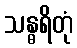
သန္ဓရိတုံ